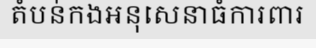
តំបន់កងអនុសេនាធំការពារ